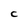
Character: C